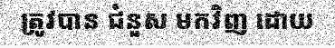
ត្រូវបាន ជំនួស មកវិញ ដោយ